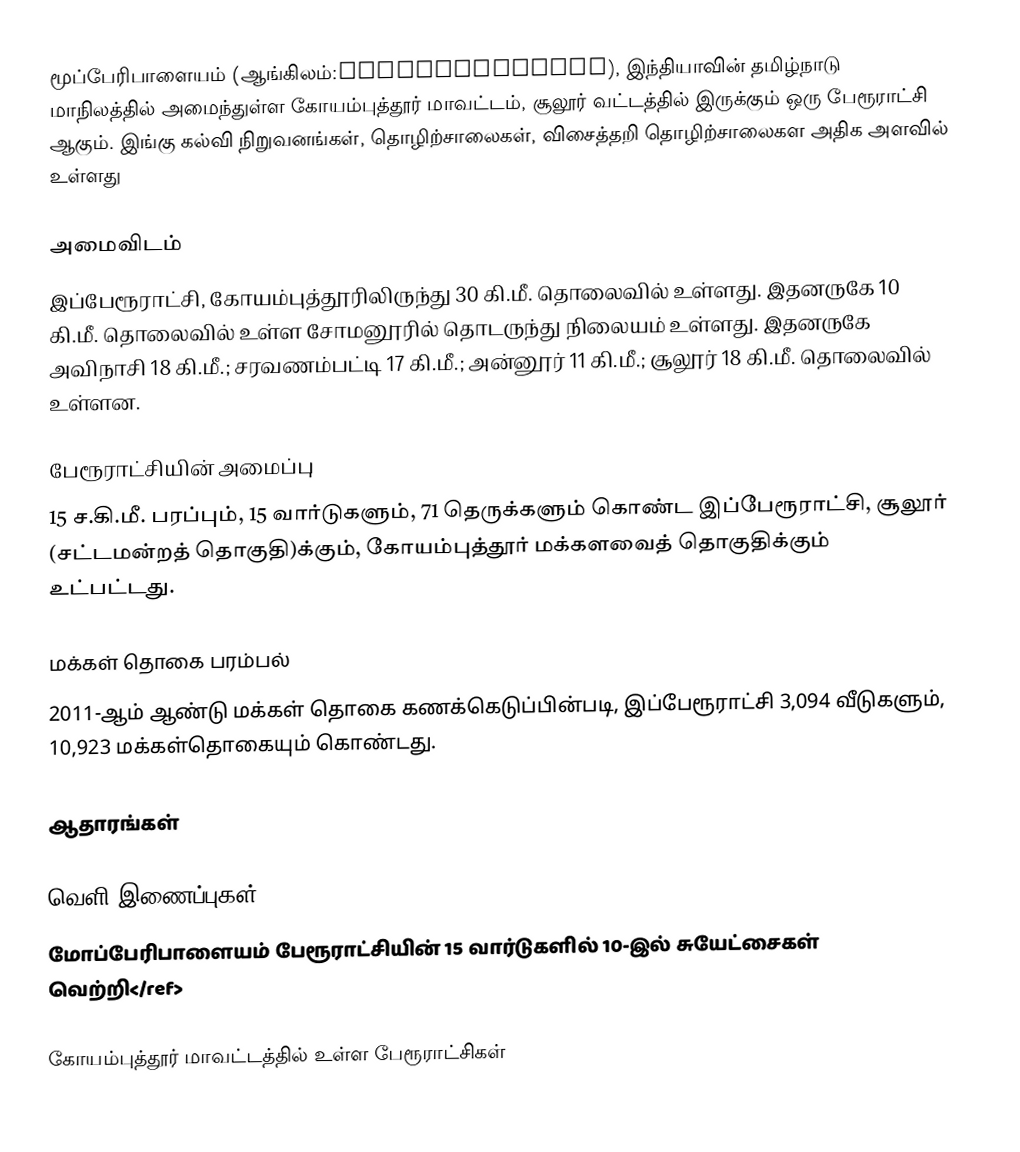
மூப்பேரிபாளையம் (ஆங்கிலம்:Mopperipalayam), இந்தியாவின் தமிழ்நாடு மாநிலத்தில் அமைந்துள்ள கோயம்புத்தூர் மாவட்டம், சூலூர் வட்டத்தில் இருக்கும் ஒரு பேரூராட்சி ஆகும். இங்கு கல்வி நிறுவனங்கள், தொழிற்சாலைகள், விசைத்தறி தொழிற்சாலைகள அதிக அளவில் உள்ளது

அமைவிடம்
இப்பேரூராட்சி, கோயம்புத்தூரிலிருந்து 30 கி.மீ. தொலைவில் உள்ளது. இதனருகே  10 கி.மீ. தொலைவில் உள்ள சோமனூரில் தொடருந்து நிலையம் உள்ளது. இதனருகே அவிநாசி 18 கி.மீ.; சரவணம்பட்டி 17 கி.மீ.; அன்னூர் 11 கி.மீ.; சூலூர் 18 கி.மீ. தொலைவில் உள்ளன.

பேரூராட்சியின் அமைப்பு
15 ச.கி.மீ. பரப்பும், 15 வார்டுகளும், 71 தெருக்களும்  கொண்ட இப்பேரூராட்சி, சூலூர்  (சட்டமன்றத் தொகுதி)க்கும், கோயம்புத்தூர் மக்களவைத் தொகுதிக்கும் உட்பட்டது.

மக்கள் தொகை பரம்பல்
2011-ஆம் ஆண்டு மக்கள் தொகை கணக்கெடுப்பின்படி,  இப்பேரூராட்சி 3,094 வீடுகளும், 10,923 மக்கள்தொகையும் கொண்டது.

ஆதாரங்கள்

வெளி இணைப்புகள்
 மோப்பேரிபாளையம் பேரூராட்சியின் 15 வார்டுகளில் 10-இல் சுயேட்சைகள் வெற்றி</ref>

கோயம்புத்தூர் மாவட்டத்தில் உள்ள பேரூராட்சிகள்